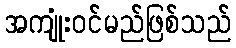
အကျုံးဝင်မည်ဖြစ်သည်